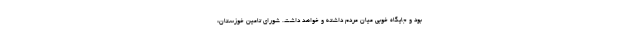
بود و جایگاه خوبی میان مردم داشته و خواهد داشت. شورای تامین خوزستان: